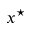
x ^ { \star }